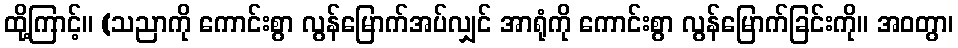
ထို့ကြာင့်။ (သညာကို ကောင်းစွာ လွန်မြောက်အပ်လျှင် အာရုံကို ကောင်းစွာ လွန်မြောက်ခြင်းကို။ အဝတွာ၊